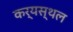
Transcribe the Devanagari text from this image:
कर्यस्थल